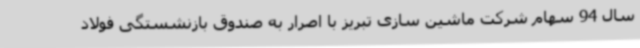
سال 94 سهام شرکت ماشین سازی تبریز با اصرار به صندوق بازنشستگی فولاد